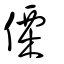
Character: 傈